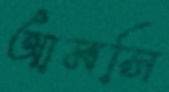
আমসি